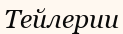
Тейлерии